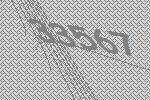
33567